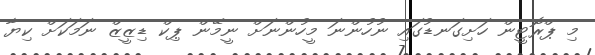
މި ޕްރޮޓީން ހަށިގަނޑުގައި ނުހުންނަ މީހުންނަށް ނީމޭން ޕިކް ޑިޒީޒް ނަމަކަށް ކިޔާ